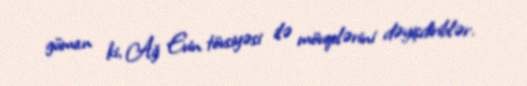
güman ki, Ağ Evin tövsiyəsi ilə mövqelərini dəyişdiriblər.